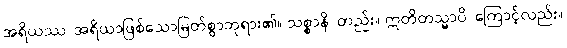
အရိယဿ၊ အရိယာဖြစ်သောမြတ်စွာဘုရား၏။ သစ္စာနိ၊ တည်း။ ဣတိတသ္မာပိ၊ ကြောင့်လည်း။